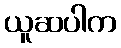
ယူဆပါက